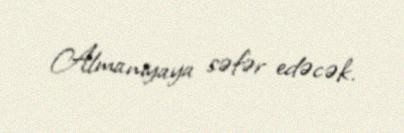
Almaniyaya səfər edəcək.